Annual administration and progress report of the Indian Medical Department, Bombay
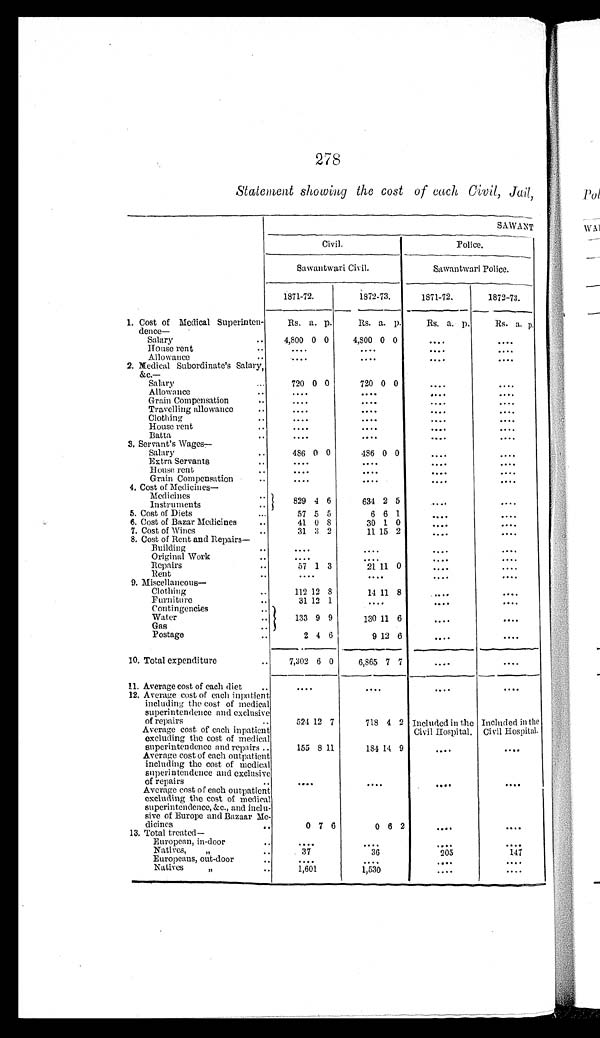
278
Statement showing the cost of each Civil, Jail,
SAWANT
Civil.
Police.
Sawantwari Civil.
Sawantwari Police.
1871-72.
1872-73.
1871-72.
1872-73.
1. Cost of Medical Superinten-
deuce—
Rs. a. p.
Rs. a. p.
Rs. a. p.
Rs. a. p.
Salary
..
4,800 0 0
4,800 0 0
. . . .
. . . .
House rent
..
....
....
. . . .
. . . .
Allowance
....
....
. . . .
. . . .
2. Medical Subordinate's Salary,
&c.—
Sal ar y . . . 720
0 0
720 0 0
. . . .
. . . .
Allowance
..
....
....
....
. . . .
Grain Compensation
....
....
. . . .
. . . .
Travelling allowance..
....
....
. . . .
. . . .
Clothing..
....
....
. . . .
. . . .
House rent..
....
. . . .
. . . .
. . . .
Batta..
....
....
. . . .
. . . .
3. Servant's Wages
—
Salary.. .. 486
0 0
486 0 0
. . . .
. . . .
Extra Servants..
....
....
. . . .
. . . .
House rent..
....
....
. . . .
. . . .
Grain Compensation..
....
....
. . . .
. . . .
4. Cost of Medicines—
Medicines
...
829 4 6
634 2 5 ....
. . . .
Instruments
5. Cost of Diets
...
57 5 5
6 6 1
. . . .
. . . .
6. Cost of Bazar Medicines
41 0 8
30 1 0
. . . .
. . . .
7. Cost of Wines.. 31
3 2
11 15 2
. . . .
. . . .
8. Cost of Rent and Repairs—
Building..
....
....
. . . .
. . . .
Original Work..
....
....
. . . .
. . . .
Repairs..
57 1 3
21 11 0
. . . .
. . . .
Rent
..
....
....
. . . .
. . . .
9. Miscellaneous—
Clothing..
112 12 8
14 11 8
. . . .
. . . .
Furniture..
31 12 1
....
. . . .
. . . .
Contingencies
..
133 9 9
130 11 6
. . . .
. . . .
Water
..
Gas
..
Postage
2 4 6
9 12 6
....
....
10. Total expenditure. .. 7,302 6 0
6,865 7 7
. . . .
. . . .
11. Average cost of each diet
..
....
....
....
. . . .
12. Average cost of each inpatient
including the cost of medical
superintendence and exclusive
of repairs..
524
12 7
718 4 2 Included in the
Civil Hospital. Included in the
Civil Hospital.
Average cost of each inpatient
excluding the cost of medical
superintendence and repairs ..
155 8 11
184 14 9
....
....
Average cost of each outpatient
including the cost of medical
superintendence and exclusive
of repairs..
....
....
. . . .
....
Average cost of each outpatient
excluding the cost of medical
superintendence, &c., and inclu
-
sive of Europe and Bazaar Me
-
dicines.
0 7 6
0 6 2
. . . .
. . . .
13. Total treated—
European, in-door
. . . .
. . . .
. . . .
. . . .
Natives, "
37
36
205
147
Europeans, out-door..
. . . .
. . . .
. . . .
. . . .
Natives, "
..
1,601
1,530
....
....